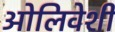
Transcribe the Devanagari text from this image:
ओलिवेशी